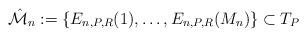
LaTeX: \begin{align*}\hat{\cal M}_n:=\{E_{n,P,R}(1),\ldots, E_{n,P,R}({M_n})\} \subset T_{P}\end{align*}